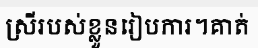
ស្រីរបស់ខ្លួនរៀបការ។គាត់